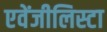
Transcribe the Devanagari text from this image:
एवेंजीलिस्टा